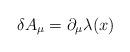
LaTeX: \begin{align*}\delta A_{\mu} = \partial_{\mu} \lambda (x)\end{align*}